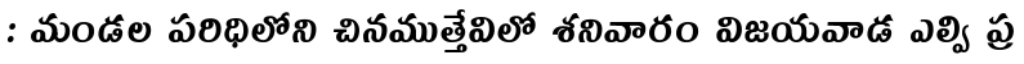
: మండల పరిధిలోని చినముత్తేవిలో శనివారం విజయవాడ ఎల్వి ప్ర